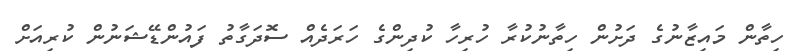
ހިތާން މައިޒާނުގެ ދަށުން ހިތާނުކުރާ ހުރިހާ ކުދިންގެ ހަރަދެއް ސޮދަގާތު ފައުންޑޭޝަނުން ކުރިއަށް